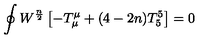
\oint W ^ { \frac { n } { 2 } } \left[ - T _ { \mu } ^ { \mu } + ( 4 - 2 n ) T _ { 5 } ^ { 5 } \right] = 0